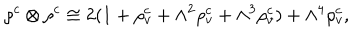
\rho ^ { c } \otimes \rho ^ { c } \cong 2 ( 1 + \rho _ { v } ^ { c } + \wedge ^ { 2 } \rho _ { v } ^ { c } + \wedge ^ { 3 } \rho _ { v } ^ { c } ) + \wedge ^ { 4 } \rho _ { v } ^ { c } ,